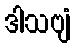
ဒါသဗျံ